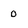
Character: 0